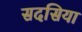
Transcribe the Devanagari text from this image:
सदसिया